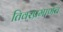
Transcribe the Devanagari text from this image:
तिवरप्रमाणेच